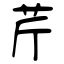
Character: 芹